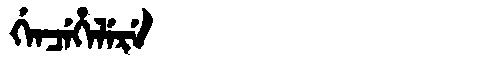
Manchu: ᡤᡝᠨᠴᡝᡥᡝᠯᡝᡵᡝ
Romanization: GENCEHELERE